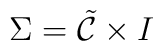
\Sigma=\tilde{\cal{C}} \times I